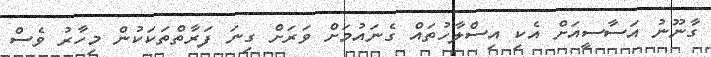
ގާނޫނު އަސާސީއަށް އެކި އިސްލާހުތައް ގެނައުމަށް ވަރަށް ގިނަ ފަރާތްތަކަކުން މިހާރު ވެސް